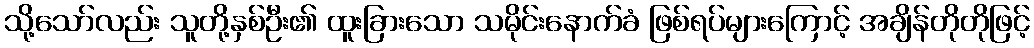
သို့သော်လည်း သူတို့နှစ်ဦး၏ ထူးခြားသော သမိုင်းနောက်ခံ ဖြစ်ရပ်များကြောင့် အချိန်တိုတိုဖြင့်